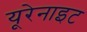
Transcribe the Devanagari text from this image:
यूरेनाइट